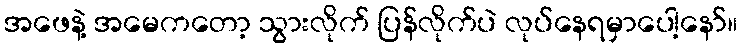
အဖေနဲ့ အမေကတော့ သွားလိုက် ပြန်လိုက်ပဲ လုပ်နေရမှာပေါ့နော်။